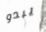
يبدو